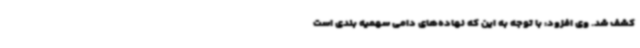
کشف شد. وی افزود: با توجه به این که نهاده‌های دامی سهمیه بندی است